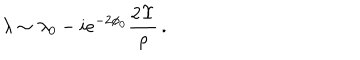
\lambda \sim \lambda _ { 0 } - i e ^ { - 2 \phi _ { 0 } } \frac { 2 \Upsilon } { \rho } \, .